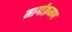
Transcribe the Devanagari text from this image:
मार्गाक्रमण